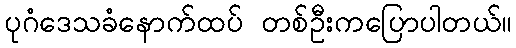
ပုဂံဒေသခံနောက်ထပ် တစ်ဦးကပြောပါတယ်။